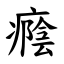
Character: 癊